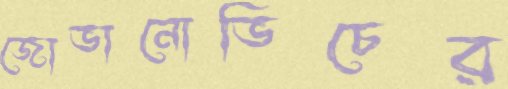
জোভানোভিচের